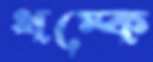
ধম্‌কে